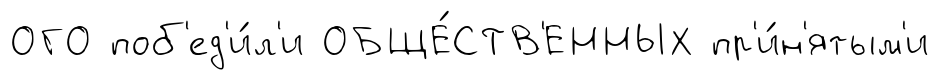
ОГО поб'ед'и́л'и ОБЩЕ́СТВ'ЕННЫХ пр'и́н'ятым'и